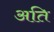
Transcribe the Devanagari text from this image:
अति